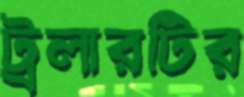
ট্রলারটির